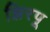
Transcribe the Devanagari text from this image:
झिरपू